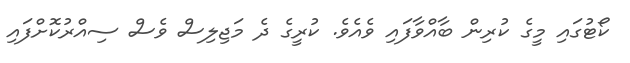
ކޯޓުގައި މީގެ ކުރިން ބާއްވާފައި ވެއެވެ. ކުރީގެ ދެ މަޖިލިސް ވެސް ސިއްރުކޮށްފައި